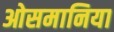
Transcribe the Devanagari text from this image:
ओसमानिया